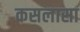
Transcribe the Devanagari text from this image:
कसलासा